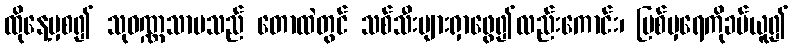
ထိုနေ့မှစ၍ သုဝဏ္ဏသာမသည် တောထဲတွင် သစ်သီးများရှာဖွေ၍လည်းကောင်း၊ မြစ်မှရေကိုခပ်ယူ၍